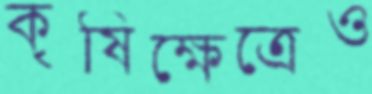
কৃষিক্ষেত্রেও